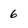
Character: 6